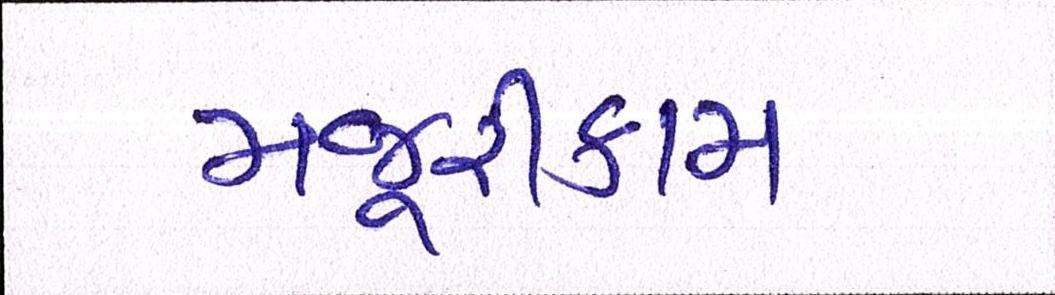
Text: મજૂરીકામ